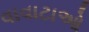
વાવાટાઓ